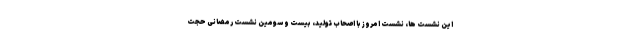
این نشست ها، نشست امروز با اصحاب تولید، بیست و سومین نشست رمضانی حجت